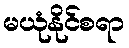
မယုံနိုင်စရာ